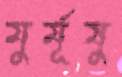
মুর্মূষু